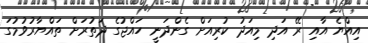
އިއްޔެ އާއި ރޭ އަދި މިއަދު ކުރިއަށް ގެންދަނީ ހައްޖުގެ ދަތުރަށް ތައްޔާރުވުމުގަ